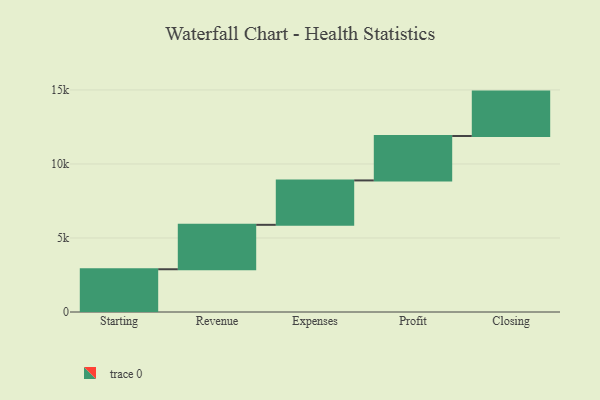
{"axis": {"x": "Step", "y": "Value"}, "legend": [""], "data": [{"x": "Starting", "y": 2888.0, "type": ""}, {"x": "Revenue", "y": 3000, "type": ""}, {"x": "Expenses", "y": 3000, "type": ""}, {"x": "Profit", "y": 3000, "type": ""}, {"x": "Closing", "y": 3000, "type": ""}]}